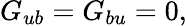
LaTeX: G_{ub}=G_{bu}=0,